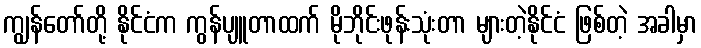
ကျွန်တော်တို့ နိုင်ငံက ကွန်ပျူတာထက် မိုဘိုင်းဖုန်းသုံးတာ များတဲ့နိုင်ငံ ဖြစ်တဲ့ အခါမှာ